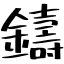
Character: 鑄